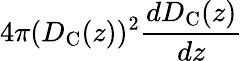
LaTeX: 4\pi(D_{\mathrm{{C}}}(z))^{2}\frac{dD_{\mathrm{{C}}}(z)}{dz}